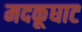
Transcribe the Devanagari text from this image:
मदकूघाट